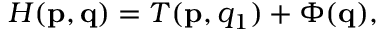
H ( \mathbf { p } , \mathbf { q } ) = T ( \mathbf { p } , q _ { 1 } ) + \Phi ( \mathbf { q } ) ,